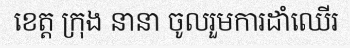
ខេត្ត ក្រុង នានា ចូលរួមការដាំឈើរ